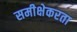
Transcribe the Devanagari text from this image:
समीक्षेकरता